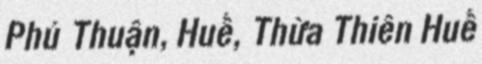
Phú Thuận, Huế, Thừa Thiên Huế